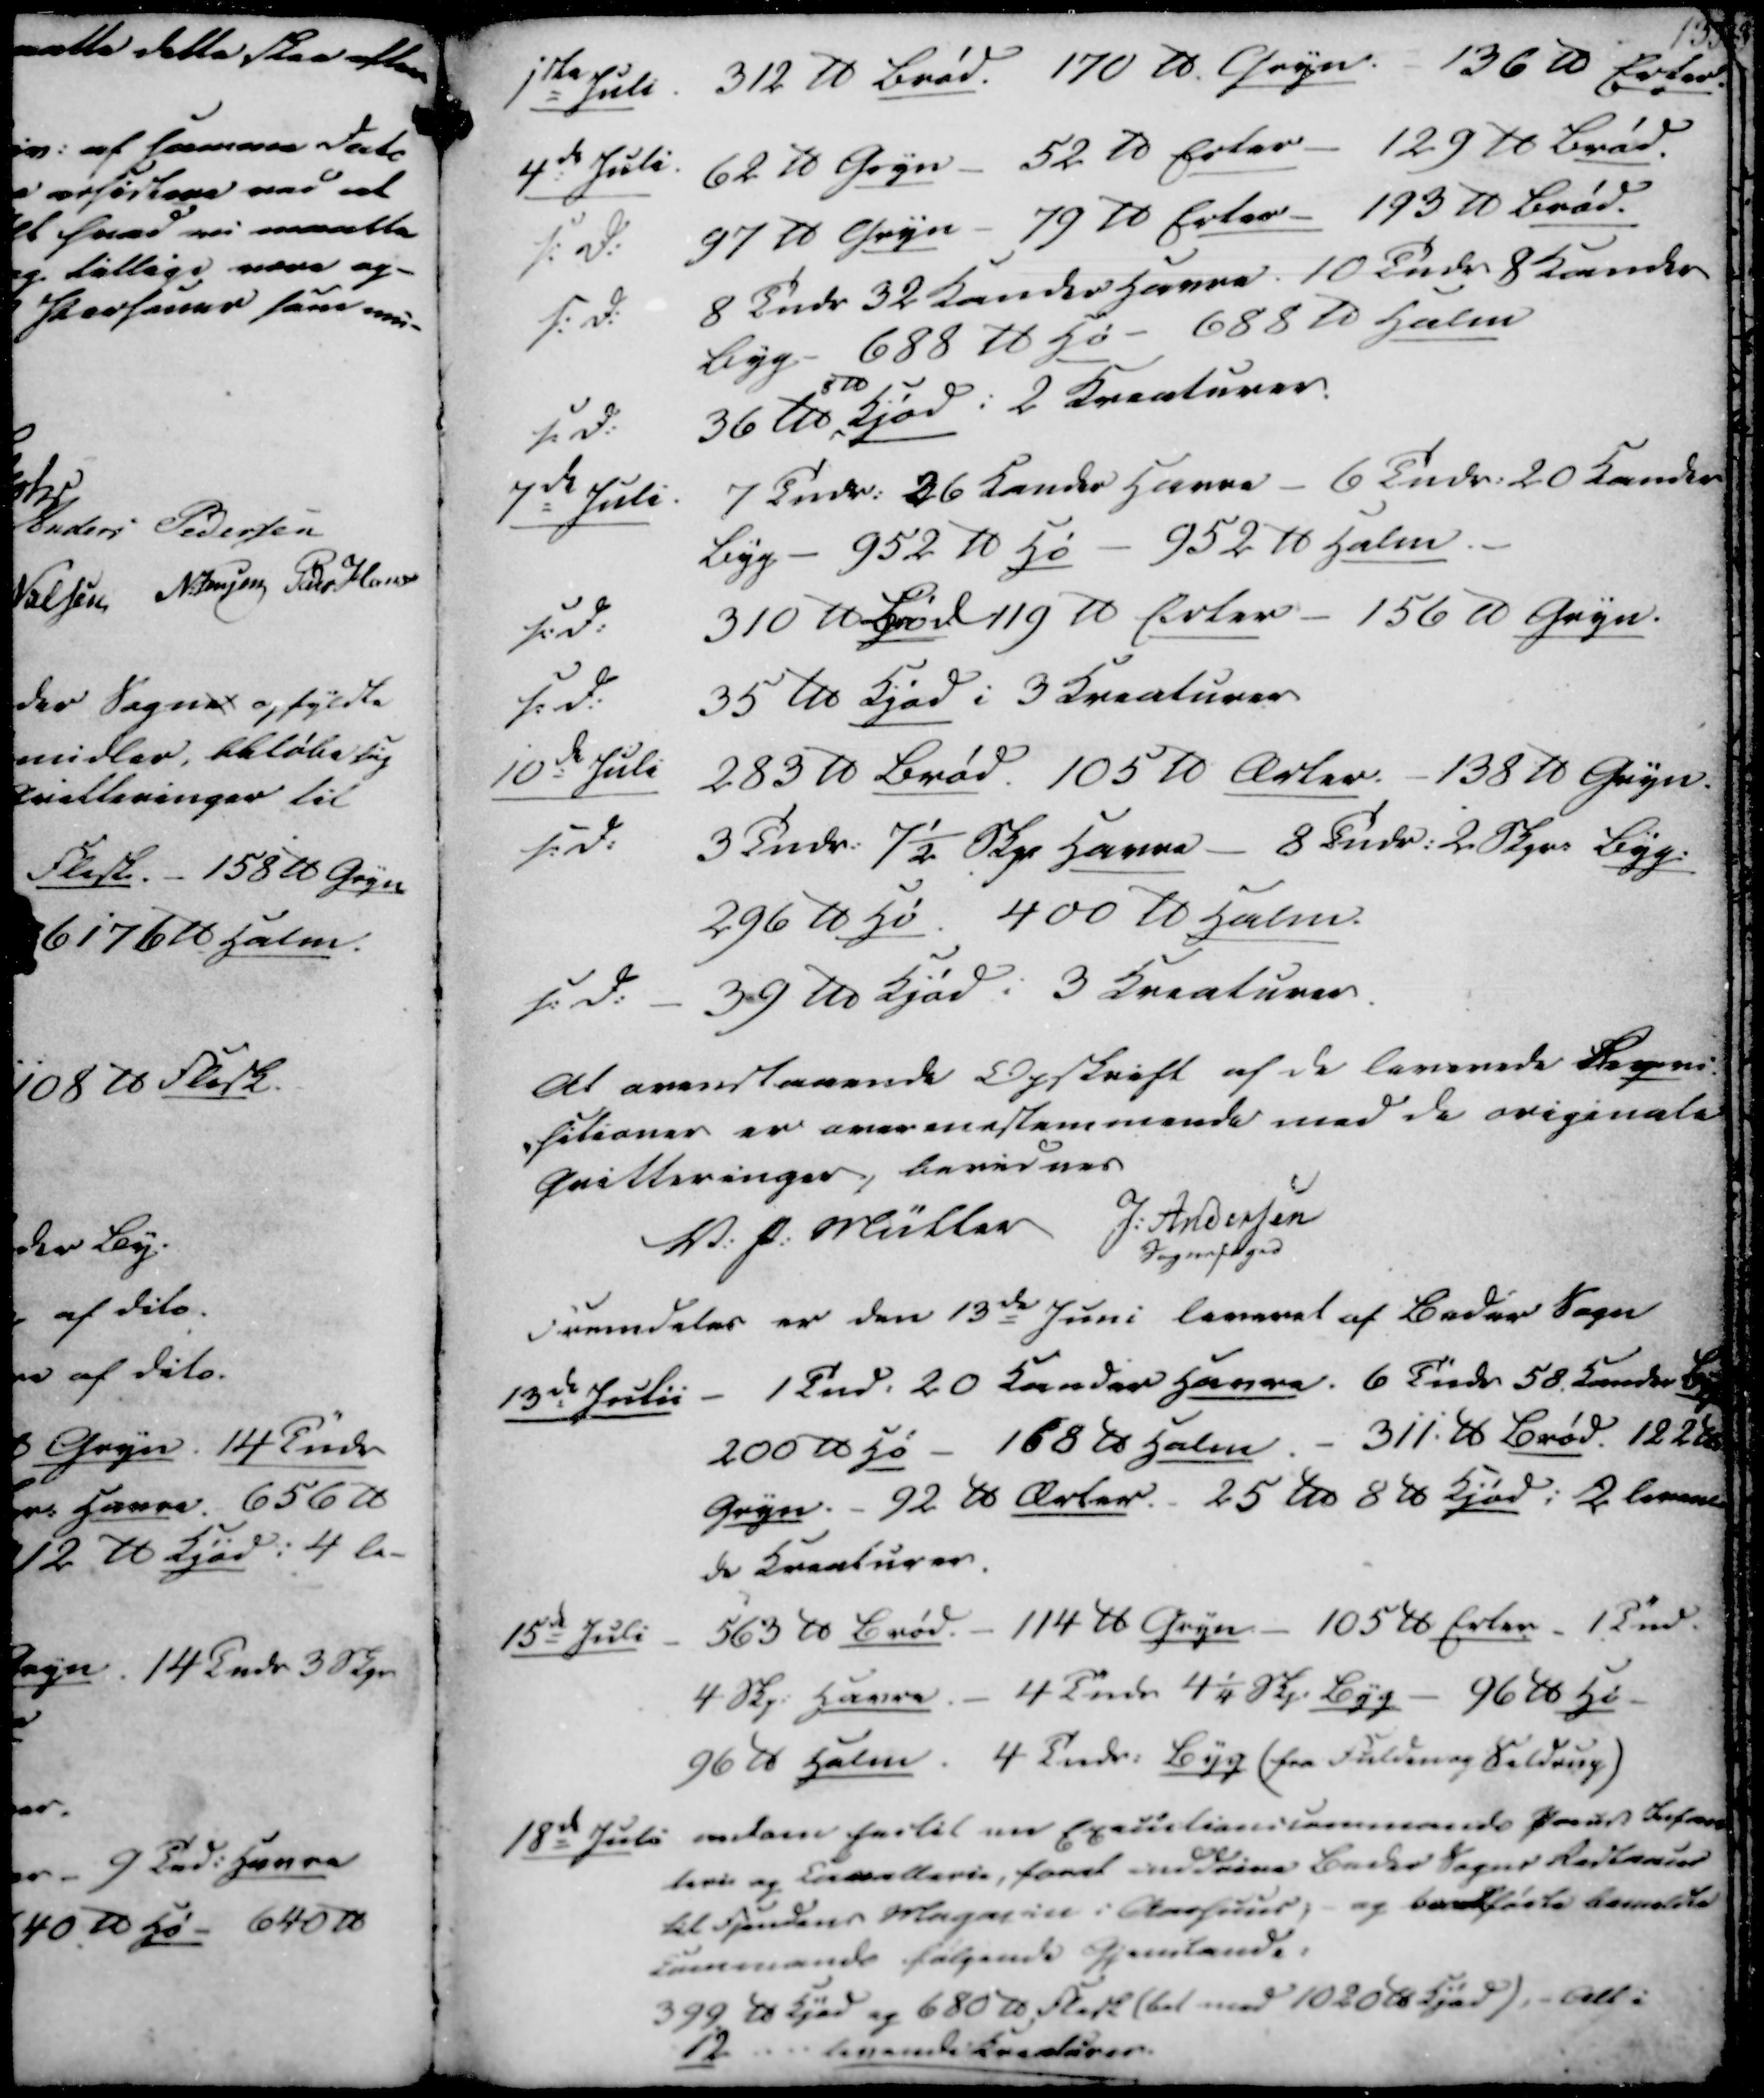
Transskription:
1ste Juli
312 ℔ Brød. 170 ℔ Gryn. 136 ℔ Erter.
4de Juli. 62 ℔ Gryn - 52 ℔ Erter - 129 ℔ Brød.
s. D. 97 ℔ Gryn - 79 ℔ Erter - 193 ℔ Brød.
s. D.
8 Tndr 32 Kander Havre. 10 Tndr 8 Kander
Byg. - 688 ℔ Hø - 688 ℔ Halm
s. D.
36 ℔
8 ℔
Kjød i 2 Kreaturer.
7de Juli.
7 Tndr. 26 Kander Havre - 6 Tndr. 20 Kander
Byg - 952 ℔ Hø - 952 ℔ Halm
s.D.
310 ℔ Brød 119 ℔ Erter - 156 ℔ Gryn.
s.D.
35 ℔ Kjød i 3 Kreaturer
10de Juli
283 ℔ Brød. 105 ℔ Ærter. 138 ℔ Gryn.
s.D.
3 Tndr. 7½ Skp Havre - 8 Tndr. 2 Skpr. Byg.
296 ℔ Hø. 400 ℔ Halm.
s.D. - 39 ℔ Kjød i 3 Kreaturer

At ovenstaaende Opskrift af de leverede Reqvi-
-sitioner er overenestemmende med de originale
Qvitteringer, bevidnes
V. P. Müller
J. Andersen
Sognefoged
Fremdeles er den 13de Juni leveret af Beder Sogn

13de Julii -
1 Tnd. 20 Kander Havre. 6 Tndr 58 Kander Byg
200 ℔ Hø - 168 ℔ Halm. - 311 ℔ Brød. 122 ℔
Gryn. - 92 ℔ Ærter. - 25 ℔ 8 ℔ Kjød i 2 leven-
de Kreaturer.
15de Juli
563 ℔ Brød. - 114 ℔ Gryn - 105 ℔ Erter 1 Tnd.
4 Skp. Havre. - 4 Tndr 4¼ Skp. Byg - 96 ℔ Hø
96 ℔ Halm. 4 Tndr. Byg (fra Fulden og Seldrup)

18de Juli endom hertil en Executionscommando Paud. Infan-
terie og Cavallerie, forat inddrive Beder Sogns Restancer
til Fjendens Magasin i Aarhuus; - og bortførte bemeldte
Commando følgende Gjenstande:
399 ℔ Kjød og 680 ℔ Flesk (bel med 1020 ℔ Kjød), - Alt i
12 .... levende Kreaturer.